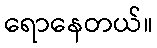
ရောနေတယ်။